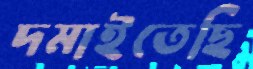
দমাইতেছি